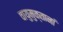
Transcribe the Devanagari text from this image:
वायुमुक्तानां